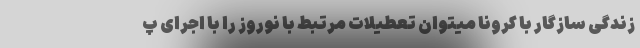
زندگی سازگار با کرونا میتوان تعطیلات مرتبط با نوروز را با اجرای پ